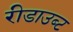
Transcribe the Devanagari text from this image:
रीडाउब्ट